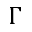
\Gamma